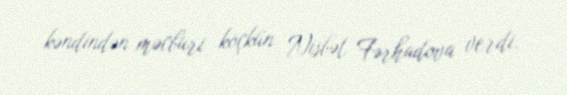
kəndindən məcburi köçkün Nisbət Fərhadova verdi.